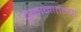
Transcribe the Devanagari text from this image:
दुकानातल्या